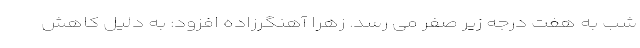
شب به هفت درجه زیر صفر می رسد. زهرا آهنگرزاده افزود: به دلیل کاهش